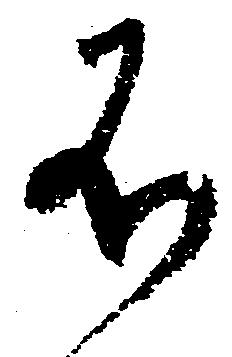
不